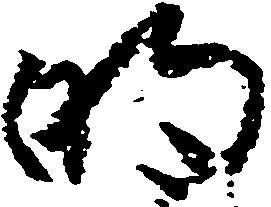
明